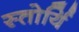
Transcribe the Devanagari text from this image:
स्तोर्यि